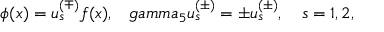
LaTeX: \phi ( x ) = u _ { s } ^ { ( \mp ) } f ( x ) , \ \ \, g a m m a _ { 5 } u _ { s } ^ { ( \pm ) } = \pm u _ { s } ^ { ( \pm ) } , \ \ \ s = 1 , 2 ,